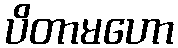
ပိတာမဟော